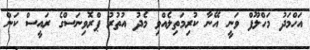
އަހްމަދު މަހްލޫފް ވަނީ އޭނާ ކުރިމަތިލެއްވި މެދު އުތުރު ޕްރޮވިނަސްގެ ރައީސް ކަން